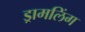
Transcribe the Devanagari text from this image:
ड्रामलिंग